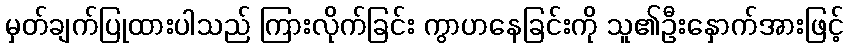
မှတ်ချက်ပြုထားပါသည် ကြားလိုက်ခြင်း ကွာဟနေခြင်းကို သူ၏ဦးနှောက်အားဖြင့်